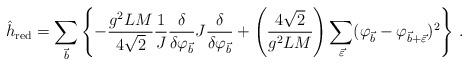
LaTeX: \begin{align*}\hat h_{\rm red} = \sum_{\vec{b}}\left\{-\frac{g^2 LM}{4\sqrt2}\frac{1}{J}\frac{\delta}{\delta\varphi_{\vec b}} J\frac{\delta}{\delta\varphi _{\vec b}}+\left(\frac{4\sqrt2}{g^2LM}\right) \sum_{\vec{\varepsilon}}(\varphi_{\vec b}-\varphi_{\vec b+\vec\varepsilon})^2\right\} \, .\end{align*}